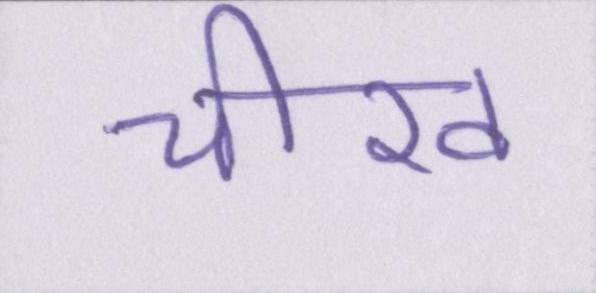
चीख